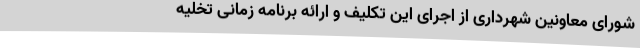
شورای معاونین شهرداری از اجرای این تکلیف و ارائه برنامه زمانی تخلیه